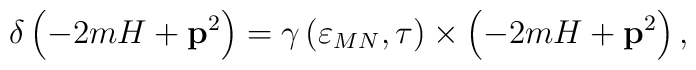
\delta \left( -2mH+\mathbf{p}^2\right) =\gamma \left( \varepsilon _{MN},\tau\right) \times \left( -2mH+\mathbf{p}^2\right) ,